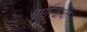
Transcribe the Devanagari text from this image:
मार्गरक्षक